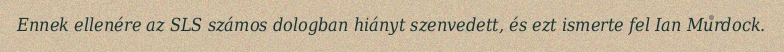
Ennek ellenére az SLS számos dologban hiányt szenvedett, és ezt ismerte fel Ian Murdock.